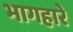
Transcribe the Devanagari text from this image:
भागहारे